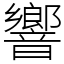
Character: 響